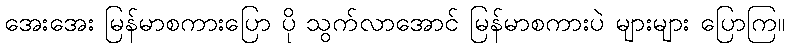
အေးအေး မြန်မာစကားပြော ပို သွက်လာအောင် မြန်မာစကားပဲ များများ ပြောကြ။